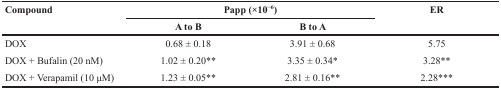
| <ROWSPAN=2> Compound | <COLSPAN=2> Papp (×10−6) | <ROWSPAN=2> ER |
 | A to B | B to A |
 | --- | --- | --- | --- |
 | DOX | 0.68 ± 0.18 | 3.91 ± 0.68 | 5.75 |
 | DOX + Bufalin (20 nM) | 1.02 ± 0.20** | 3.35 ± 0.34* | 3.28** |
 | DOX + Verapamil (10 μM) | 1.23 ± 0.05** | 2.81 ± 0.16** | 2.28*** |